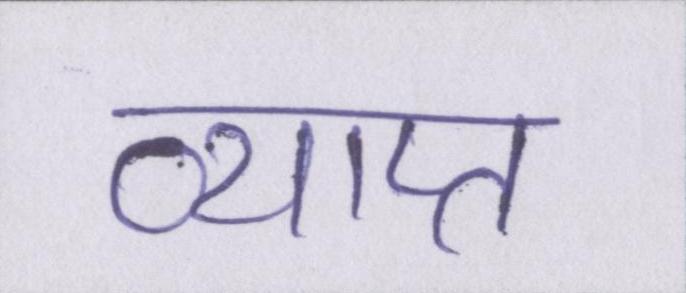
व्याप्त